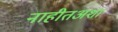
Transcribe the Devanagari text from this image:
नाहीतअशा